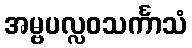
အမ္ဗပလ္လဝသင်္ကာသံ